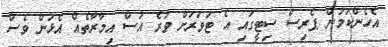
އެހެންކަމުން ޕެރިސް ސިޓީގައި އެ ޓަވަރަށް ވުރެ އުސް އިމާރާތެއް އެޅުން ވެސް